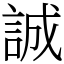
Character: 誠